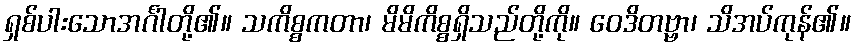
ရှစ်ပါးသောအင်္ဂါတို့၏။ သကိစ္စကတာ၊ မိမိကိစ္စရှိသည်တို့ကို။ ဝေဒိတဗ္ဗာ၊ သိအပ်ကုန်၏။